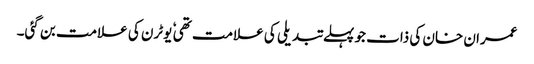
عمران خان کی ذات جو پہلے تبدیلی کی علامت تھی ٗ یوٹرن کی علامت بن گئی۔